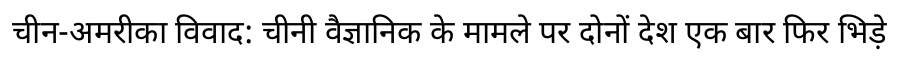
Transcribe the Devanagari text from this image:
चीन-अमरीका विवाद: चीनी वैज्ञानिक के मामले पर दोनों देश एक बार फिर भिड़े